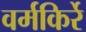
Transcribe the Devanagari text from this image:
वर्मकिर्रे